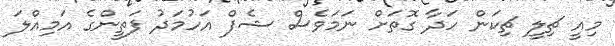
މިއީ ޗިލީ ޗިކަން ހަދާ ގޮތަށް ނަމަވެސް ޝެފް އަހުމަދު ފަތީންގެ އަމިއްލަަ